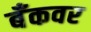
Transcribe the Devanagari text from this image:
बँकवर